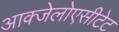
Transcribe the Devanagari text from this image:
आक्जेलोएसीटेट